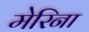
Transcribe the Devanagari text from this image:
मेरिना